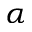
\alpha